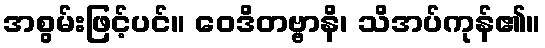
အစွမ်းဖြင့်ပင်။ ဝေဒိတဗ္ဗာနိ၊ သိအပ်ကုန်၏။